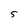
Character: 5